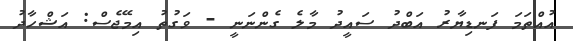
އުއްތަމަ ފަނޑިޔާރު އަބްދު ސައީދު މާލެ ގެންނަނީ - ވަގުތު އިމޭޖެސް: އަޝްހާދު